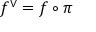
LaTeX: f ^ { \vee } = f \circ \pi